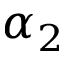
\alpha _ { 2 }